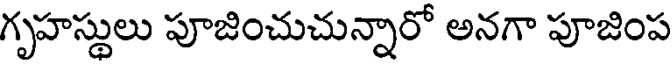
గృహస్థులు పూజించుచున్నారో అనగా పూజింప